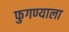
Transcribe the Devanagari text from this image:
फुगण्याला